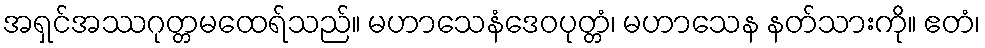
အရှင်အဿဂုတ္တမထေရ်သည်။ မဟာသေနံဒေဝပုတ္တံ၊ မဟာသေန နတ်သားကို။ ဧတံ၊